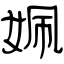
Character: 姵